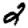
Digit: 2